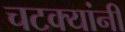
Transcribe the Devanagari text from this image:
चटक्‍यांनी